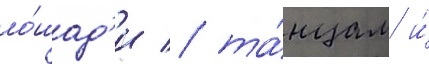
ло́шад'и / та́нцам и́